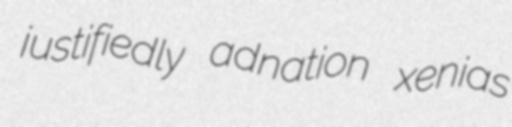
justifiedly adnation xenias